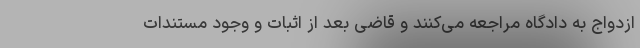
ازدواج به دادگاه مراجعه می‌کنند و قاضی بعد از اثبات و وجود مستندات